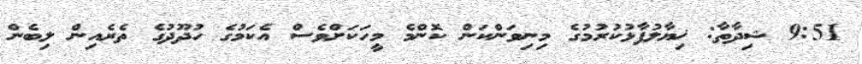
9:51 ޝިދާތާ: ޚިޔާލުފާޅުކުރުމުގެ މިނިވަންކަން ކޮންމެ މީހަކަށްވެސް އެކަމުގެ ހުދޫދުގެ ތެރެއިން ލިބެން